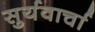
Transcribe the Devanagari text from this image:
सुर्यवार्चा